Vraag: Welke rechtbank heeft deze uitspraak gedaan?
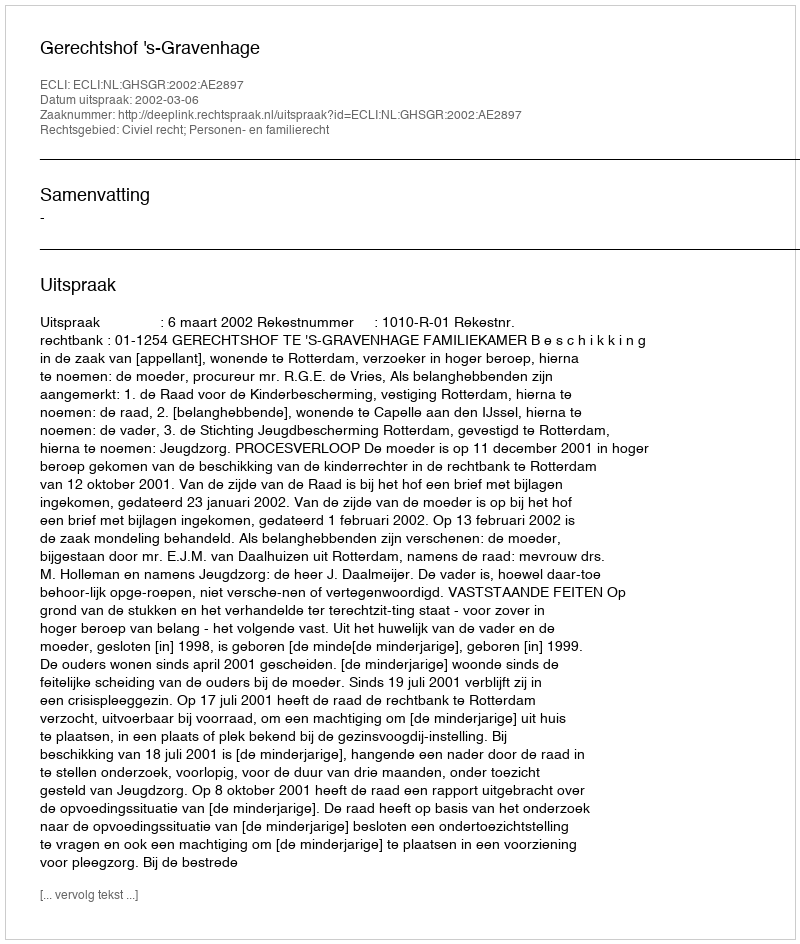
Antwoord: Gerechtshof 's-Gravenhage